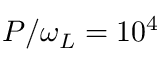
P / \omega _ { L } = 1 0 ^ { 4 }